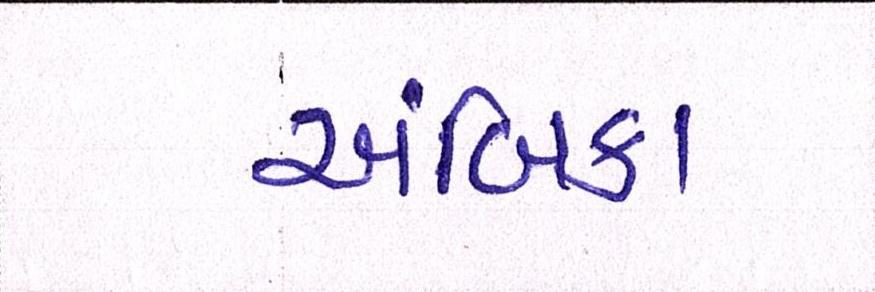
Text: અંબિકા